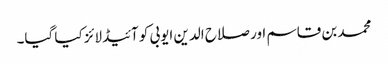
محمد بن قاسم اور صلاح الدین ایوبی کو آئیڈلائز کیا گیا۔